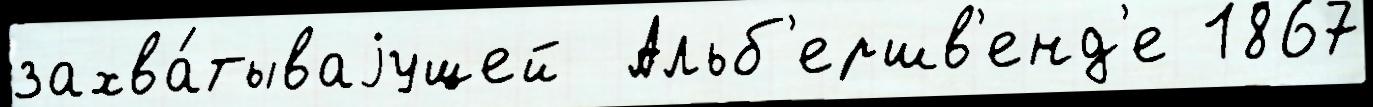
захва́тываjущей  Альб'ершв'енд'е 1867